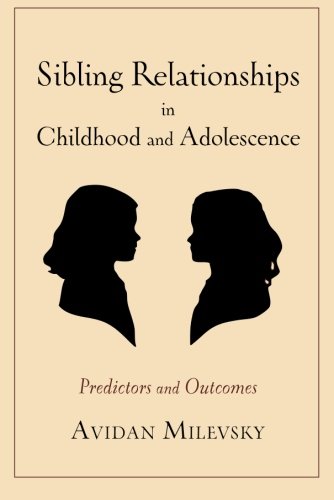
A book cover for Sibling Relationships in Childhood and Adolescence: Predictors and Outcomes; Avidan Milevsky; Parenting & Relationships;